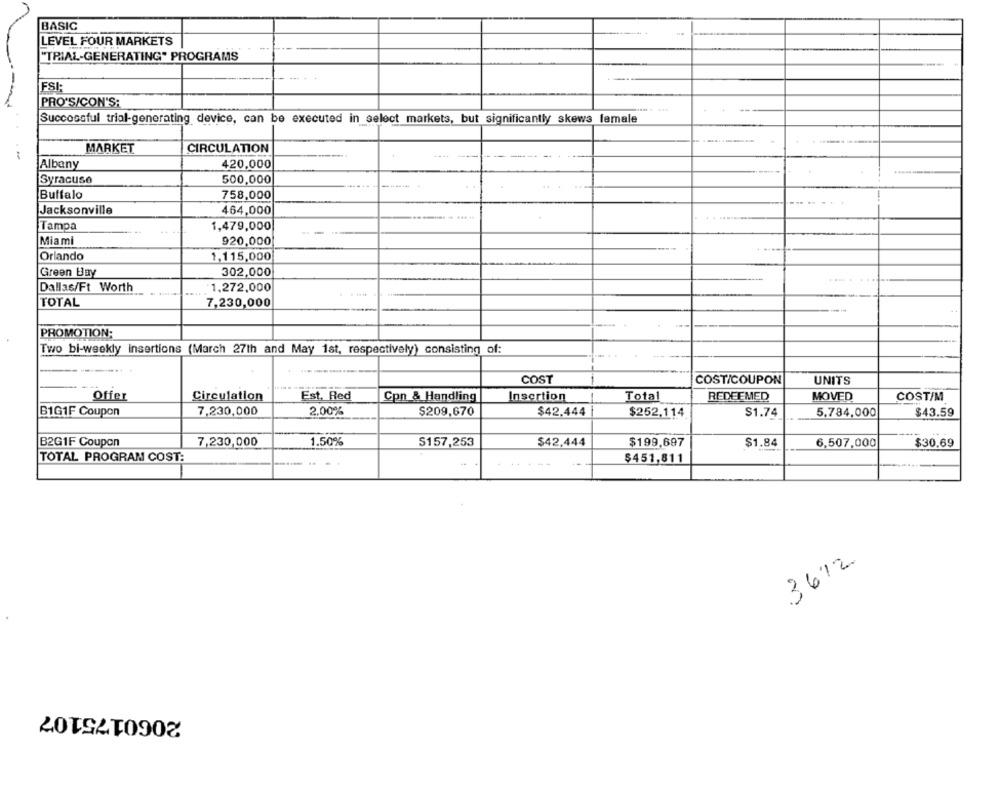
BASIC
LEVEL FOUR MARKETS
"TRIAL-GENERATING" PROGRAMS
FSI:
PRO'S/CON'S:
Successful trial-generating device, can be executed in select markets, but significantly skews female
MARKET
CIRCULATION
---
Albany
420,000
.....
Syracuse
500,000
Buffalo
758,000
Jacksonville
464,000
Tampa
1,479,000
Miami
920,000
Orlando
1,115,000
Green Bay
302,000
Dallas/Ft Worth
1,272,000
TOTAL
7,230,000
PROMOTION;
Two bi-weekly insertions (March 27th and May 1st, respectively) consisting of:
COST
COST/COUPON
UNITS
-
Est. Red
Total
REDEEMED
Offer
Circulation
Cpn & Handling
Insertion
MOVED
COST/M
7,230,000
2.00%
$209,670
$42.444
B1G1F Coupon
$252,114
$1.74
5.784,000
$43.59
B2G1F Coupon
7,230,000
1.50%
S157,253
$42,444
$199,697
$1.84
6,507,000
$30.69
TOTAL PROGRAM COST:
$451,811
3612
2060175107